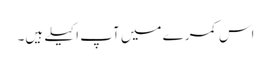
اس کمرے میں آپ اکیلے ہیں۔